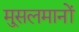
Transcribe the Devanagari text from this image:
मु्सलमानों